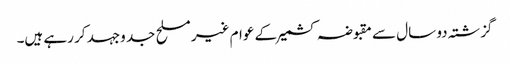
گزشتہ دو سال سے مقبوضہ کشمیر کے عوام غیر مسلح جد وجہد کر رہے ہیں۔